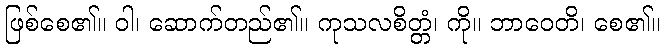
ဖြစ်စေ၏။ ဝါ၊ ဆောက်တည်၏။ ကုသလစိတ္တံ၊ ကို။ ဘာဝေတိ၊ စေ၏။